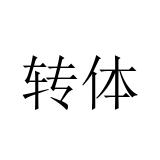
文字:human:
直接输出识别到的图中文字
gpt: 转体